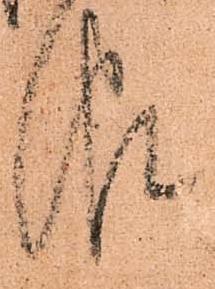
報